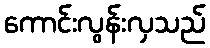
ကောင်းလွန်းလှသည်